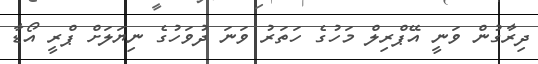
ދިރާގުން ވަނީ އޭޕްރިލް މަހުގެ ހަތަރު ވަނަ ދުވަހުގެ ނިޔަލަށް ޕްރީ އޯޑާ